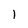
Character: l